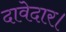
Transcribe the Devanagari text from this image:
दावेदार।